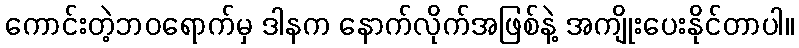
ကောင်းတဲ့ဘဝရောက်မှ ဒါနက နောက်လိုက်အဖြစ်နဲ့ အကျိုးပေးနိုင်တာပါ။